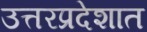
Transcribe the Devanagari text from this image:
उत्तरप्रदेशात